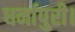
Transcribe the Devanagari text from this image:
धर्मापुरी।